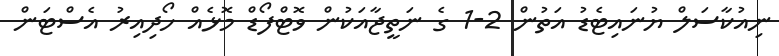
ނިއުކާސަލް ޔުނައިޓެޑު އަތުން 2-1 ގެ ނަތީޖާއަކުން ވޮޓްފޯޑް މޮޅެއް ހޯދިއިރު އެސްޓަން